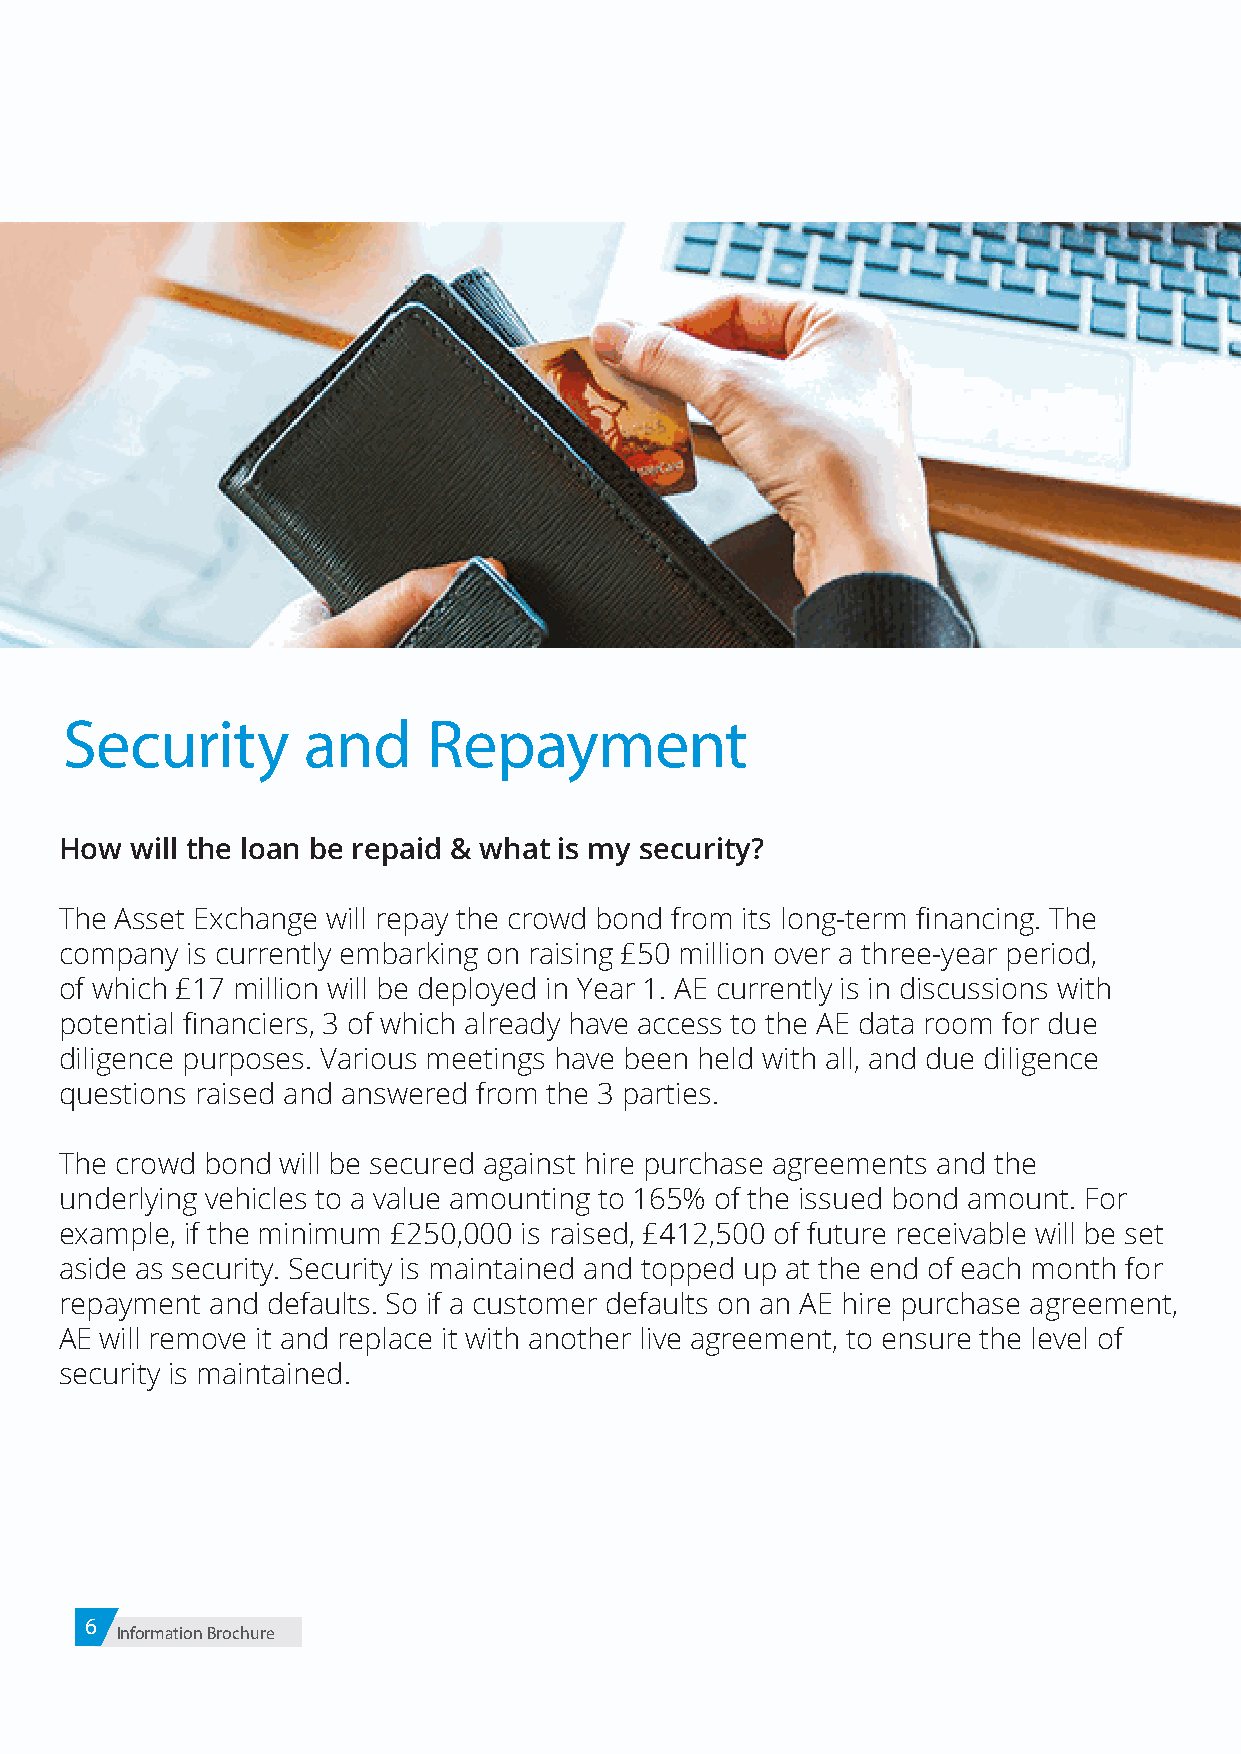
Security        and     Repayment
 How  will the loan be repaid & what is my security?
 The Asset Exchange will repay the crowd bond from its long-term financing. The
 company is currently embarking on raising £50 million over a three-year period,
 of which £17 million will be deployed in Year 1. AE currently is in discussions with
 potential financiers, 3 of which already have access to the AE data room for due
 diligence purposes. Various meetings have been held with all, and due diligence
 questions raised and answered from the 3 parties.
 The crowd bond will be secured against hire purchase agreements and the
 underlying vehicles to a value amounting to 165% of the issued bond amount. For
 example, if the minimum £250,000 is raised, £412,500 of future receivable will be set
 aside as security. Security is maintained and topped up at the end of each month for
 repayment and defaults. So if a customer defaults on an AE hire purchase agreement,
 AE will remove it and replace it with another live agreement, to ensure the level of
 security is maintained.
 6
 Information Brochure